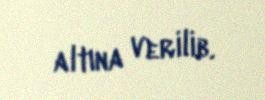
altına verilib.